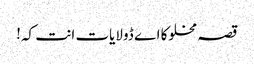
قصہ مخلوکا اے ڈولایات انت کہ!